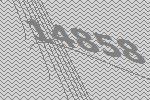
14858